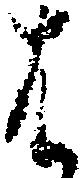
は